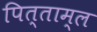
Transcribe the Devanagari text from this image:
पित्ताम्ल